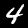
Digit: 4